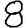
Digit: 8